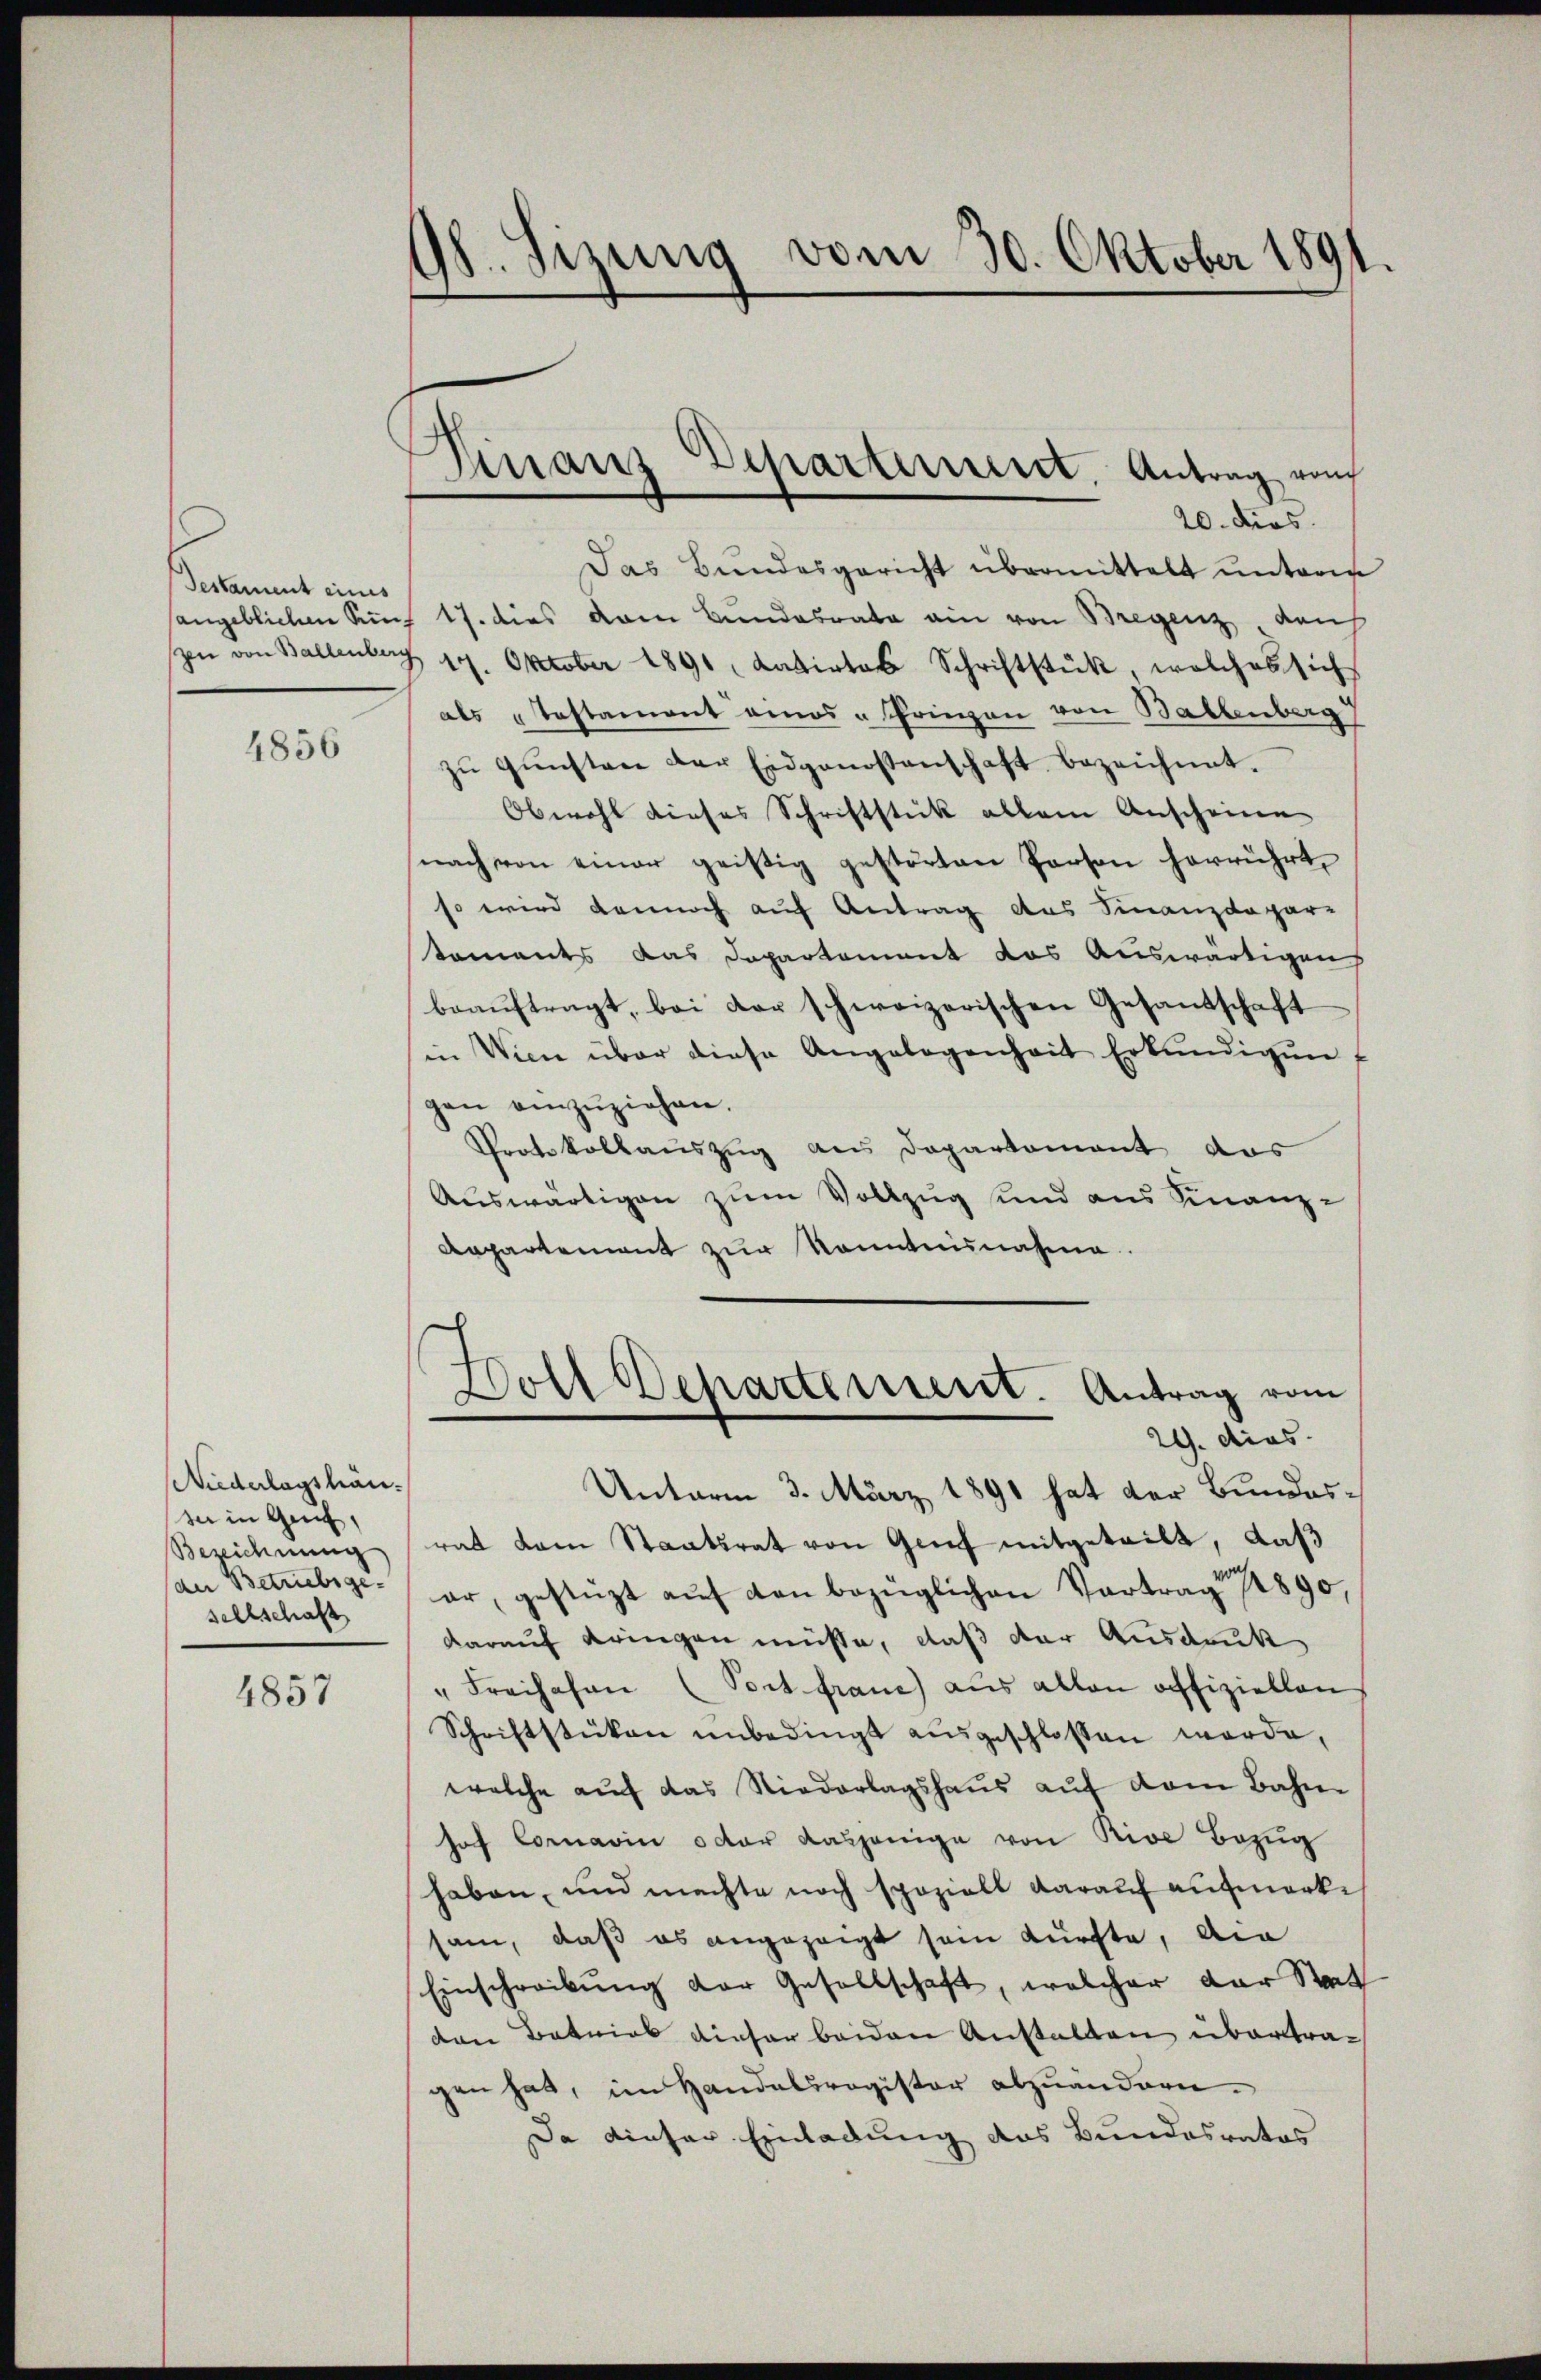
Testament einis

4856

Niederlagshäuda in Geif,
Bezeichnung
der Betriebsge-
sellschaft

4857

98. Sizung vom 30. Oktober 1891.

Finanz Departement, Antrag von
20. dies

Das Bundesgericht übermittelt unterm
sangeblichen Kunz 17. dies vom Bundesrata ain von Bregenz dans
pn von Baltenberg 17. Oktober 1891. datirtes Schriftstück, welches sich
als „Testament eines „Priegen von Ballenberg
zŭ Gŭnsten der Eidgenossenschaft bezeichnet.
Obwohl dieses Schriftstück allein Anscheine
nach von einer geistig gestörten Person herrührt,
so wird dennoch auf Antrag des Finanzdepar-
taments das Departement das Auswärtigen
beaŭftragt, bei der schweizerischen Gesandschaft
in Wien über diese Angelegenheit Erkŭndigen f
gen einzŭziehen.
Protokollauszug aus Departement das
Auswärtigen zum Vollzug und aus Finanz-
Repartement zur Kenntnisnahme.
Doll Departement. Antrag vom
29. dies
Unterm 3. März 1891 hat der Bundesrat dem Staatsrat von Genf mitgeteilt, daß
ar, gestüzt aŭf den bezüglichen Vortrag 1890,
darauf dringen müsse, daß der Ausdruck
" Freihahen (Post fraue aus allen offiziellen
Schriftstücken unbedingt ausgeschlossen werde,
welche auf das Niederlagshaus auf dem Bahn
hof Cornavin oder dasjenige von Rive Bezŭg
haben, und machte noch spazielt darauf aufmerkeh
sam, daß es angezeigt sein dürfte, die
Einschreibung der Gesellschaft, welcher der Stat
den Betrieb dieser beiden Anstalten übertragen hat, im Handelsregister abzuändern.
Da dieser Einladung des Bundesrates